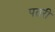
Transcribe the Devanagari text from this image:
पतरी